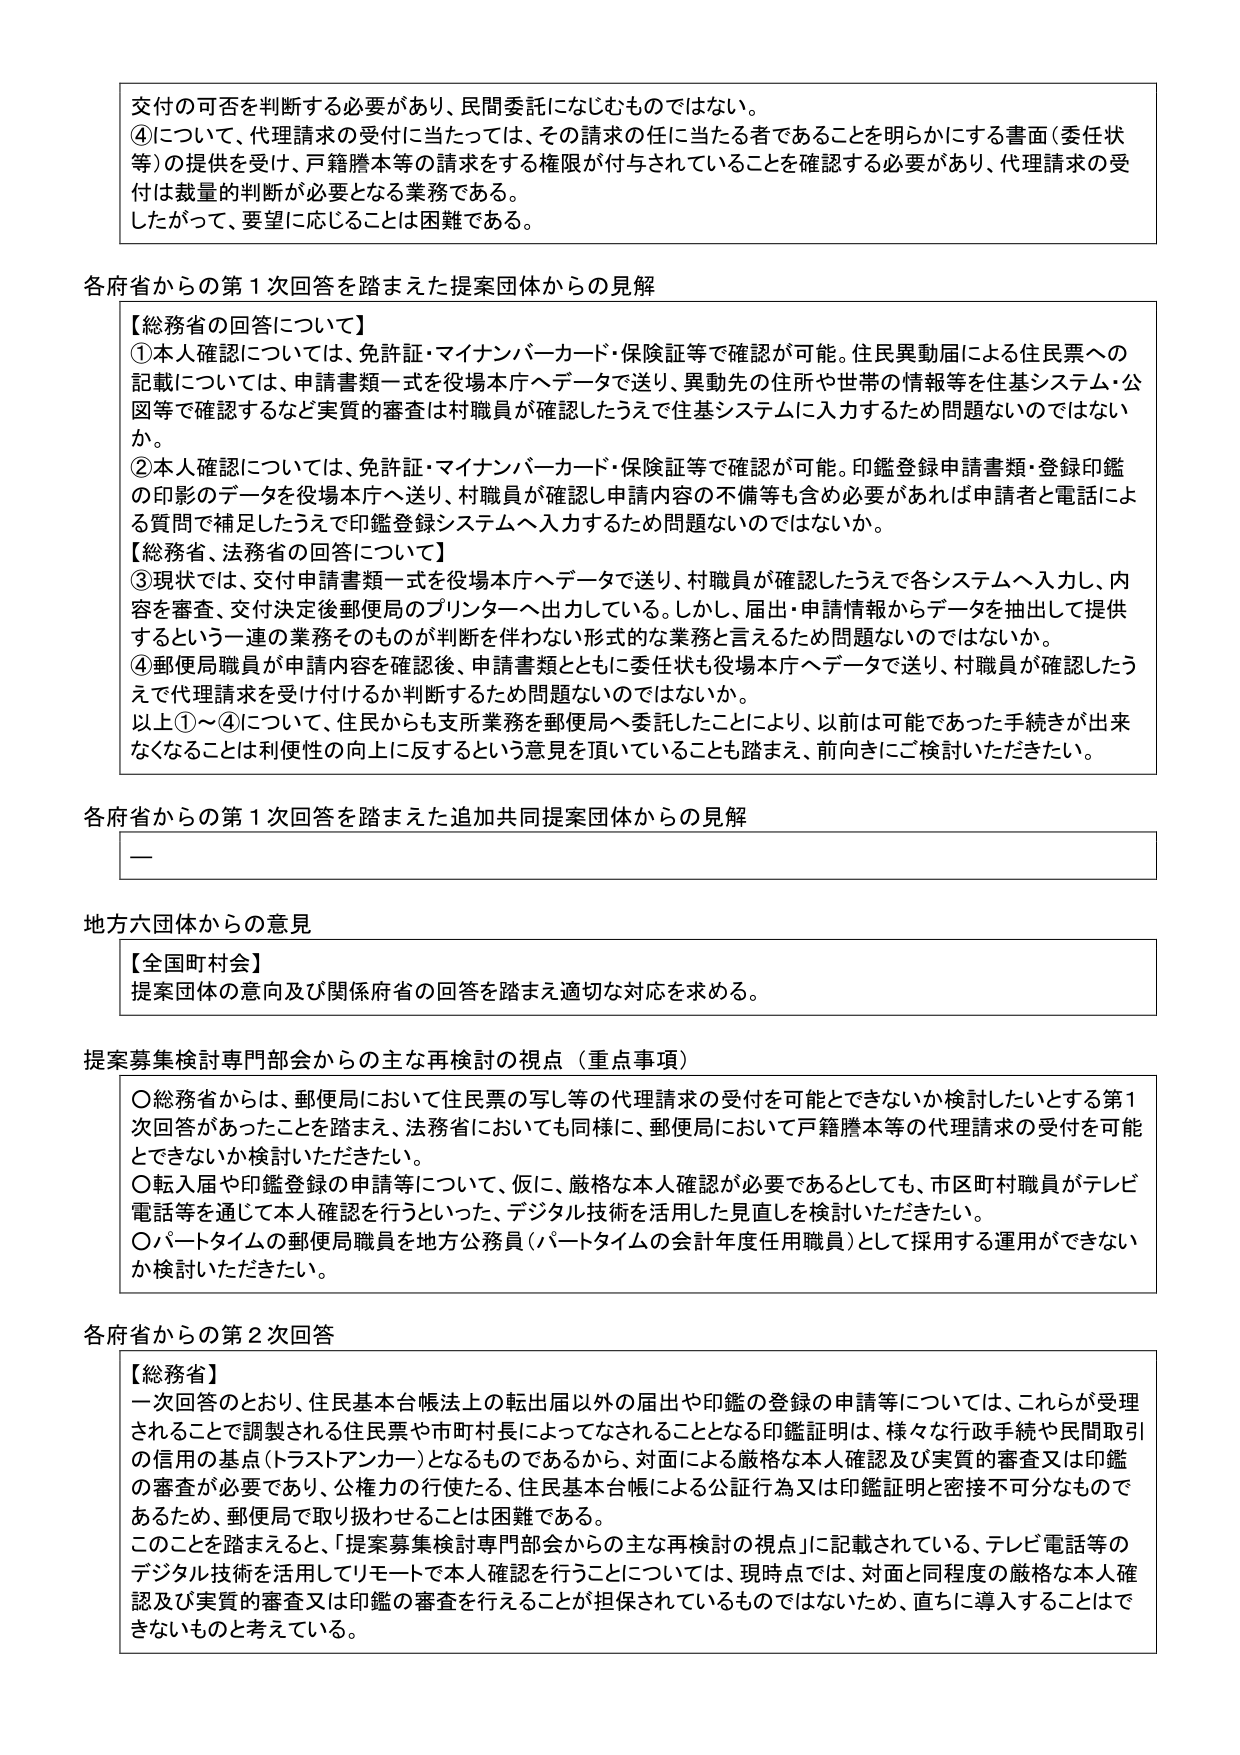
交付の可否を判断する必要があり、民間委託になじむものではない。
④について、代理請求の受付に当たっては、その請求の任に当たる者であることを明らかにする書面（委任状等）の提供を受け、戸籍謄本等の請求をする権限が付与されていることを確認する必要があり、代理請求の受付は裁量的判断が必要となる業務である。
したがって、要望に応じることは困難である。

各府省からの第１次回答を踏まえた提案団体からの見解
【総務省の回答について】
①本人確認については、免許証・マイナンバーカード・保険証等で確認が可能。住民異動届による住民票への記載については、申請書類一式を役場本庁へデータで送り、異動先の住所や世帯の情報等を住基システム・公図等で確認するなど実質的審査は村職員が確認したうえで住基システムに入力するため問題ないのではないか。
②本人確認については、免許証・マイナンバーカード・保険証等で確認が可能。印鑑登録申請書類・登録印鑑の印影のデータを役場本庁へ送り、村職員が確認し申請内容の不備等も含め必要があれば申請者と電話による質問で補足したうえで印鑑登録システムへ入力するため問題ないのではないか。
【総務省、法務省の回答について】
③現状では、交付申請書類一式を役場本庁へデータで送り、村職員が確認したうえで各システムへ入力し、内容を審査、交付決定後郵便局のプリンターへ出力している。しかし、届出・申請情報からデータを抽出して提供するという一連の業務そのものが判断を伴わない形式的な業務と言えるため問題ないのではないか。
④郵便局職員が申請内容を確認後、申請書類とともに委任状も役場本庁へデータで送り、村職員が確認したうえで代理請求を受け付けるか判断するため問題ないのではないか。
以上①～④について、住民からも支所業務を郵便局へ委託したことにより、以前は可能であった手続きが出来なくなることは利便性の向上に反するという意見を頂いていることも踏まえ、前向きにご検討いただきたい。

各府省からの第１次回答を踏まえた追加共同提案団体からの見解
—

地方六団体からの意見
【全国町村会】
提案団体の意向及び関係府省の回答を踏まえ適切な対応を求める。

提案募集検討専門部会からの主な再検討の視点（重点事項）
〇総務省からは、郵便局において住民票の写し等の代理請求の受付を可能とできないか検討したいとする第１次回答があったことを踏まえ、法務省においても同様に、郵便局において戸籍謄本等の代理請求の受付を可能とできないか検討いただきたい。
〇転入届や印鑑登録の申請等について、仮に、厳格な本人確認が必要であるとしても、市区町村職員がテレビ電話等を通じて本人確認を行うといった、デジタル技術を活用した見直しを検討いただきたい。
〇パートタイムの郵便局職員を地方公務員（パートタイムの会計年度任用職員）として採用する運用ができないか検討いただきたい。

各府省からの第２次回答
【総務省】
一次回答のとおり、住民基本台帳法上の転出届以外の届出や印鑑の登録の申請等については、これらが受理されることで調製される住民票や市町村長によってなされることとなる印鑑証明は、様々な行政手続や民間取引の信用の基点（トラストアンカー）となるものであるから、対面による厳格な本人確認及び実質的審査又は印鑑の審査が必要であり、公権力の行使たる、住民基本台帳による公証行為又は印鑑証明と密接不可分なものであるため、郵便局で取り扱わせることは困難である。
このことを踏まえると、「提案募集検討専門部会からの主な再検討の視点」に記載されている、テレビ電話等のデジタル技術を活用してリモートで本人確認を行うことについては、現時点では、対面と同程度の厳格な本人確認及び実質的審査又は印鑑の審査を行えることが担保されているものではないため、直ちに導入することはできないものと考えている。